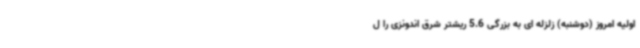
اولیه امروز (دوشنبه) زلزله ای به بزرگی 5.6 ریشتر شرق اندونزی را ل